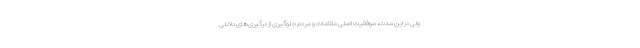
ولی در این مدت، موفقیت اصلی مقامات و مردم جلوگیری از درگیری‌های داخلی